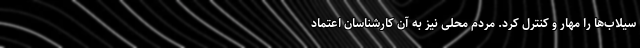
سیلاب‌ها را مهار و کنترل کرد. مردم محلی نیز به آن کارشناسان اعتماد